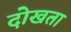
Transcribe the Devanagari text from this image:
दोखता